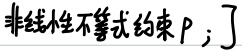
非线性不等式约束$\mathrm{P}_{i}$；了